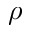
\rho